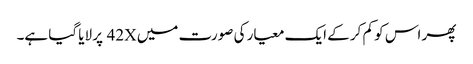
پھر اس کو کم کر کے ایک معیار کی صورت میں 42X پر لایا گیا ہے۔